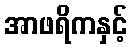
အာဖရိကနှင့်